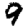
Digit: 9